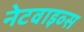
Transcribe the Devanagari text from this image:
नेटवाइव्स